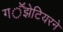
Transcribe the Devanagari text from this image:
गॕझेटियरने